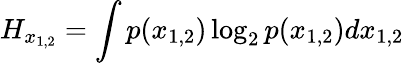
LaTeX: H_{x_{1,2}}=\int p(x_{1,2})\log_{2}p(x_{1,2})dx_{1,2}